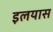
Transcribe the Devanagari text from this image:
इलयास